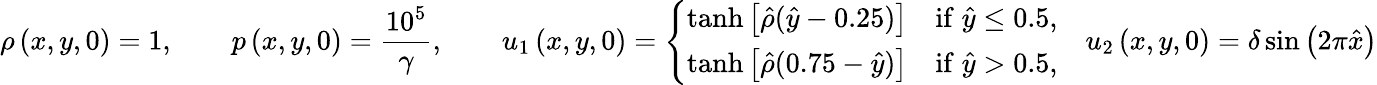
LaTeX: \rho\left(x,y,0\right)=1,\qquad p\left(x,y,0\right)=\frac{10^{5}}{\gamma},\qquad{u}_{1}\left(x,y,0\right)=\left\lbrace\begin{array}{lc}{\operatorname{tanh}\left[\hat{\rho}(\hat{y}-0.25)\right]}&{\mathrm{if}\; \hat{y}\le 0.5,}\\ {\operatorname{tanh}\left[\hat{\rho}(0.75-\hat{y})\right]}&{\mathrm{if}\; \hat{y}>0.5,}\end{array}\right.\quad{u}_{2}\left(x,y,0\right)=\delta\sin\left(2\pi\hat{x}\right)